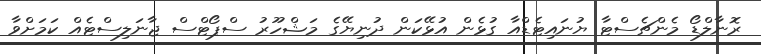
ރޮނާލްޑޯ މެންޗެސްޓާ ޔުނައިޓެޑްއާ ގުޅެން އުޅޭކަން ދުނިޔޭގެ މަޝްހޫރު ސްޕޯޓްސް ޖާނަލިސްޓެއް ކަމަށްވާ